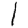
Digit: 1